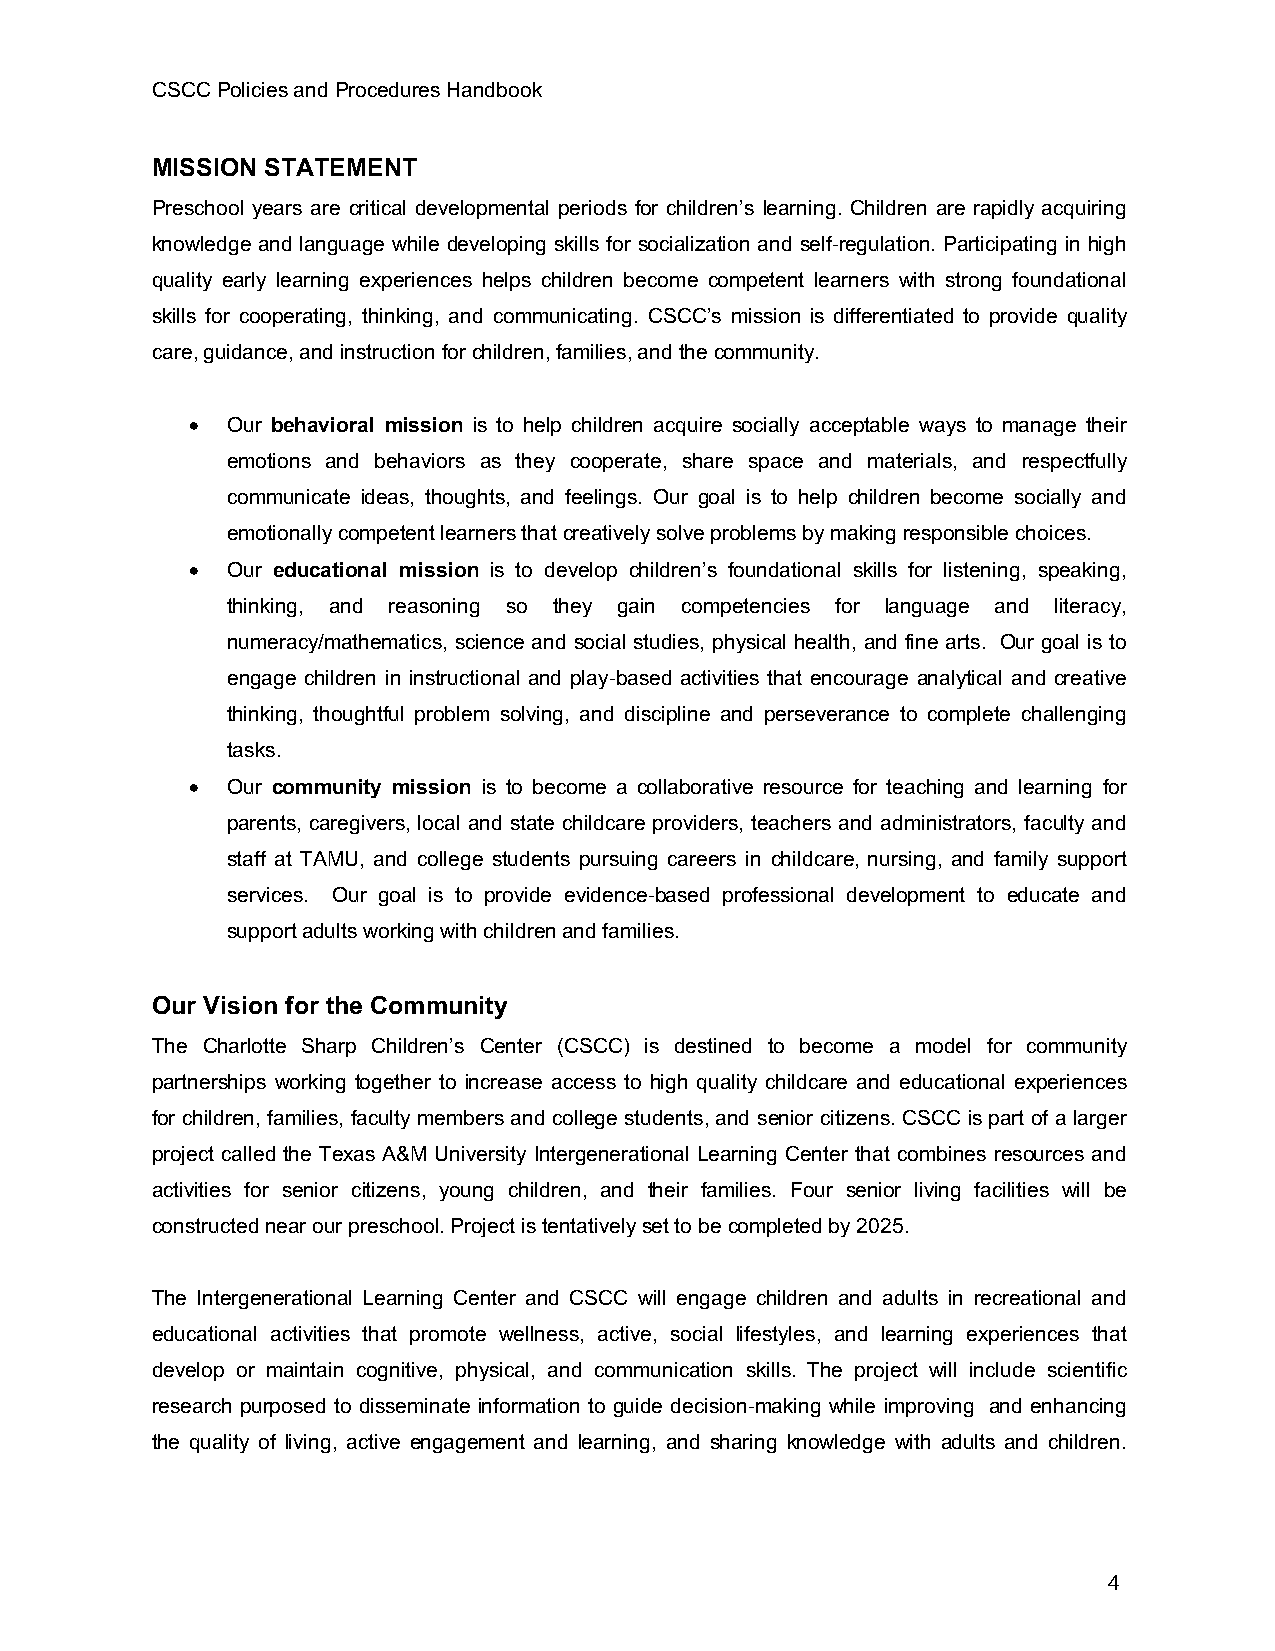
CSCC Policies and Procedures Handbook
 MISSION STATEMENT
 Preschool years are critical developmental periods for children’s learning. Children are rapidly acquiring
 knowledge and language while developing skills for socialization and self-regulation. Participating in high
 quality early learning experiences helps children become competent learners with strong foundational
 skills for cooperating, thinking, and communicating. CSCC’s mission is differentiated to provide quality
 care, guidance, and instruction for children, families, and the community.
 • Our behavioral mission is to help children acquire socially acceptable ways to manage their
 emotions and behaviors as they cooperate, share space and materials, and respectfully
 communicate ideas, thoughts, and feelings. Our goal is to help children become socially and
 emotionally competent learners that creatively solve problems by making responsible choices.
 • Our educational mission is to develop children’s foundational skills for listening, speaking,
 thinking, and reasoning so they gain competencies for language and literacy,
 numeracy/mathematics, science and social studies, physical health, and fine arts. Our goal is to
 engage children in instructional and play-based activities that encourage analytical and creative
 thinking, thoughtful problem solving, and discipline and perseverance to complete challenging
 tasks.
 • Our community mission is to become a collaborative resource for teaching and learning for
 parents, caregivers, local and state childcare providers, teachers and administrators, faculty and
 staff at TAMU, and college students pursuing careers in childcare, nursing, and family support
 services. Our goal is to provide evidence-based professional development to educate and
 support adults working with children and families.
 Our Vision for the Community
 The Charlotte Sharp Children’s Center (CSCC) is destined to become a model for community
 partnerships working together to increase access to high quality childcare and educational experiences
 for children, families, faculty members and college students, and senior citizens. CSCC is part of a larger
 project called the Texas A&M University Intergenerational Learning Center that combines resources and
 activities for senior citizens, young children, and their families. Four senior living facilities will be
 constructed near our preschool. Project is tentatively set to be completed by 2025.
 The Intergenerational Learning Center and CSCC will engage children and adults in recreational and
 educational activities that promote wellness, active, social lifestyles, and learning experiences that
 develop or maintain cognitive, physical, and communication skills. The project will include scientific
 research purposed to disseminate information to guide decision-making while improving and enhancing
 the quality of living, active engagement and learning, and sharing knowledge with adults and children.
 4